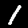
Label: 1